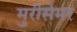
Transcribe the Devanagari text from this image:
मुरीसेमर